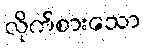
လိုက်စားသော